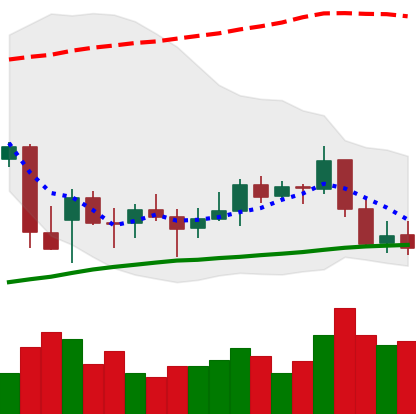
Ticker: BNB-USD
Chart end date: 2021-12-31
Forward return: -7.163%
Label: down_7plus